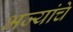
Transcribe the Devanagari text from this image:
भज्यांचे